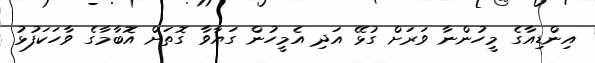
އިންޑިއާގެ މީހުންނާ ވަރަށް ގުޅޭ އަދި އެމީހުން ގަޔާވާ ގޮތަށް އޮބާމާގެ ވާހަކަފުޅު